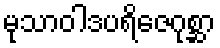
မုသာဝါဒပရိဇေဂုစ္ဆာ